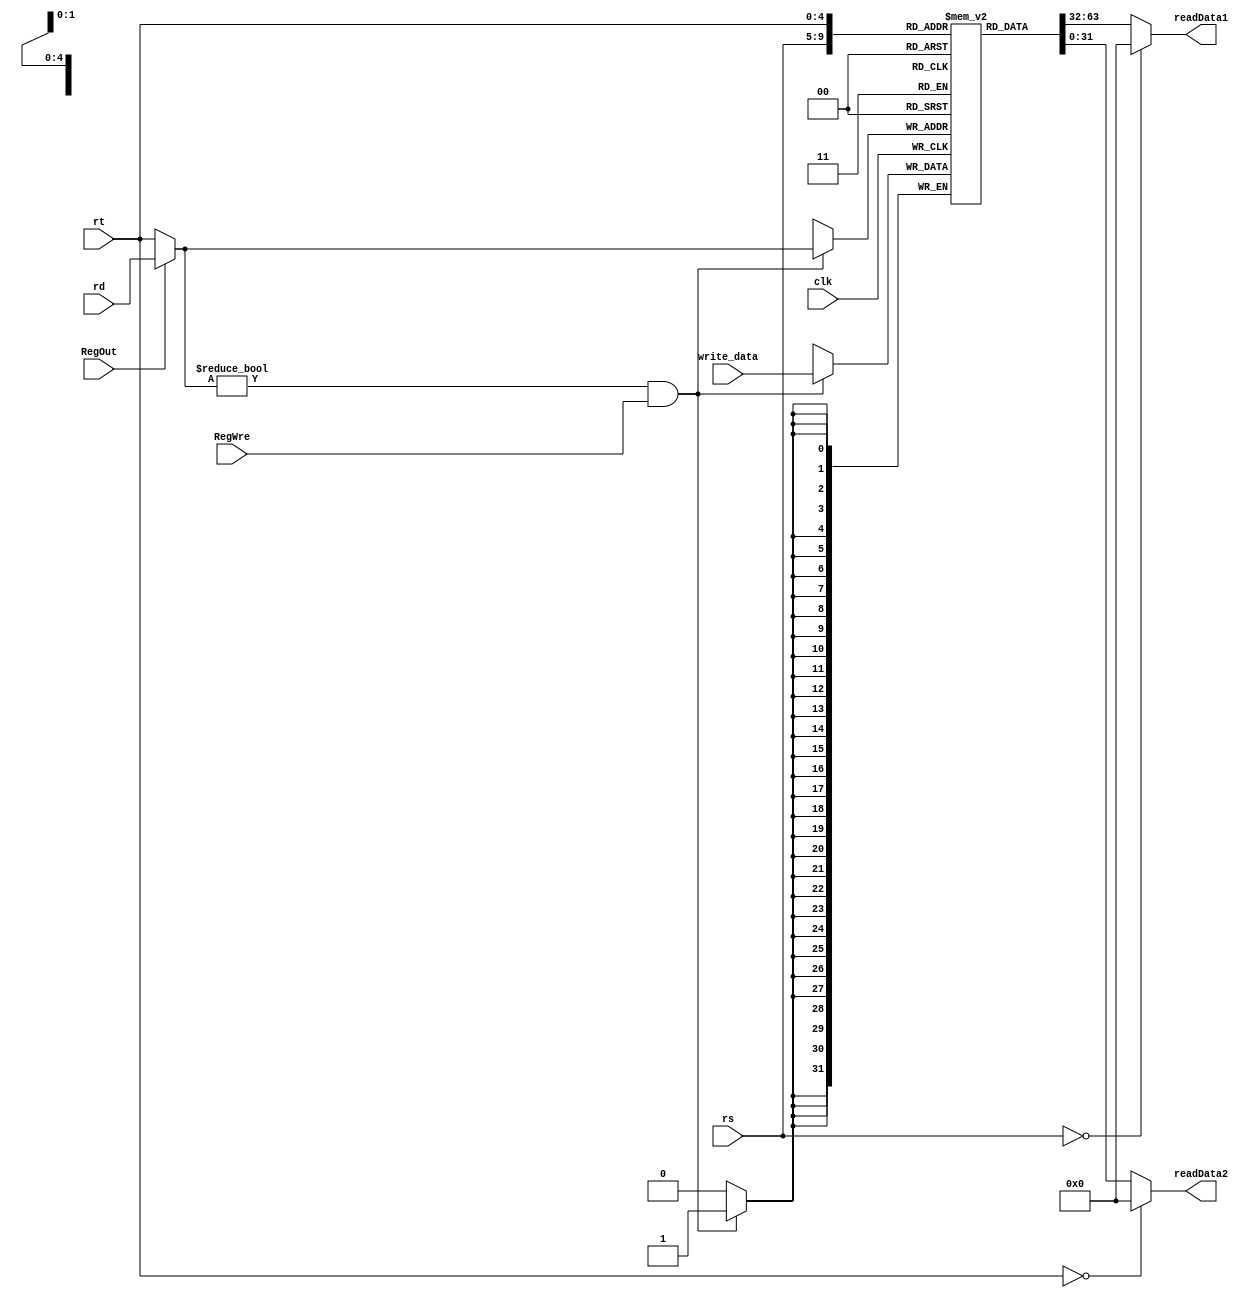
`timescale 1ns / 1ps
//////////////////////////////////////////////////////////////////////////////////
// Company: 
// Engineer: 
// 
// Design Name: 
// Module Name:    registerFile 
// Project Name: 
// Target Devices: 
// Tool versions: 
// Description: 
//
// Dependencies: 
//
// Revision: 
// Revision 0.01 - File Created
// Additional Comments: 
//
//////////////////////////////////////////////////////////////////////////////////
module RegisterFile(
   input    [4:0]   rs,rt,rd,
    input   [31:0] write_data,
    input       RegWre,RegOut,clk,  
    output [31:0] readData1,readData2
    );
//  integer i;
    wire [4:0] rin;
	 wire nclk=~clk;
    assign rin = (RegOut == 0) ? rt : rd;
	 

    //310
    reg     [31:0]  register [1:31]; // r1 - r31
    integer i;
    initial begin
      for (i = 1; i < 32; i = i + 1)
        register[i] = 1;
		register[4] = 0;
		register[5] = 10;
		register[6] = 5;
    end
    //00
    assign readData1 = (rs == 0)? 0 : register[rs]; // 
    assign readData2 = (rt == 0)? 0 : register[rt]; // 

    //
    always @(posedge nclk) 
            if ((rin != 0) && (RegWre == 1)) begin // RegWre==1
					register[rin] <= write_data;
				end
 
endmodule